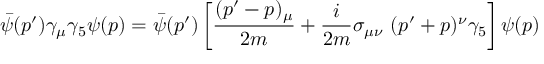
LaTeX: \bar { \psi } ( p ^ { \prime } ) \gamma _ { \mu } \gamma _ { 5 } \psi ( p ) = \bar { \psi } ( p ^ { \prime } ) \left[ { \frac { ( p ^ { \prime } - p ) _ { \mu } } { 2 m } } + { \frac { i } { 2 m } } \sigma _ { \mu \nu } ~ ( p ^ { \prime } + p ) ^ { \nu } \gamma _ { 5 } \right] \psi ( p )